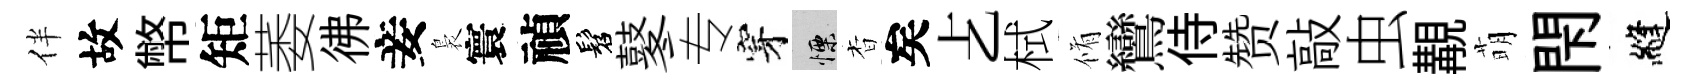
伴故幣矩萎彿妾裊寰禎髫鼕专穿慄杳矣𠧒栻脩鸞侍赞敲虫覯萌閇縫